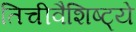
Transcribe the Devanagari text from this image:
तिचीवैशिष्ट्ये